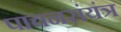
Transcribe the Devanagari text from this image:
पाचनसंयंत्र